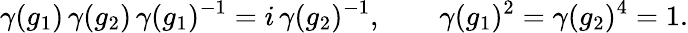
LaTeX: \gamma(g_{1})\, \gamma(g_{2})\, \gamma(g_{1})^{-1}=i\, \gamma(g_{2})^{-1},\qquad\gamma(g_{1})^{2}=\gamma(g_{2})^{4}=1.